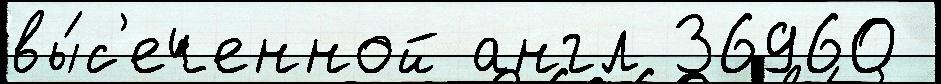
вы́с'еченной англ 36960